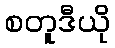
စတူဒီယို